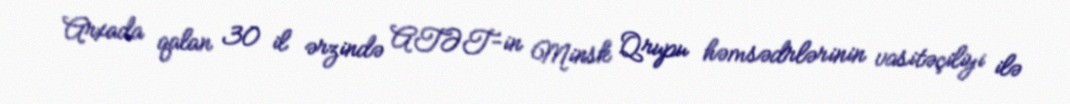
Arxada qalan 30 il ərzində ATƏT-in Minsk Qrupu həmsədrlərinin vasitəçiliyi ilə